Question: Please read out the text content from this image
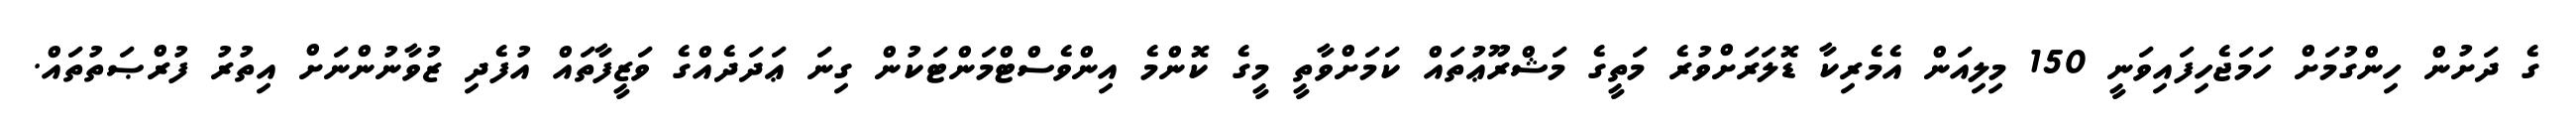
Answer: ގެ ދަށުން ހިންގުމަށް ހަމަޖެހިފައިވަނީ 150 މިލިއަން އެމެރިކާ ޑޮލަރަށްވުރެ މަތީގެ މަޝްރޫޢުތައް ކަމަށްވާތީ މީގެ ކޮންމެ އިންވެސްޓްމަންޓަކުން ގިނަ ޢަދަދެއްގެ ވަޒީފާތައް އުފެދި ޒުވާނުންނަށް އިތުރު ފުރްޞަތުތައް.